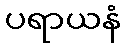
ပရာယနံ